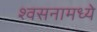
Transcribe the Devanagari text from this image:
श्वसनामध्ये